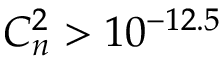
C _ { n } ^ { 2 } > 1 0 ^ { - 1 2 . 5 }